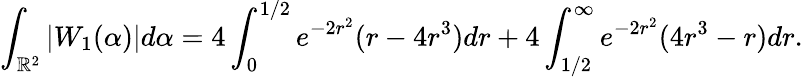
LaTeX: \int_{\mathbb{R}^{2}}|W_{1}(\alpha)|d\alpha=4\int_{0}^{1/2}e^{-2r^{2}}(r-4r^{3})dr+4\int_{1/2}^{\infty}e^{-2r^{2}}(4r^{3}-r)dr.